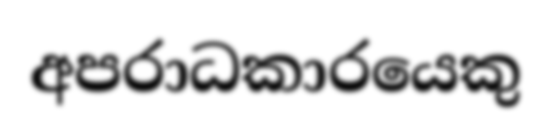
අපරාධකාරයෙකු